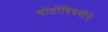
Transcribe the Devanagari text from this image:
गोष्टींविषयीचे